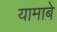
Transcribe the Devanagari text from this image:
यामाबे